Vaccination North-Western Provinces 1866-1877 - 1866-1877
Year: 1866
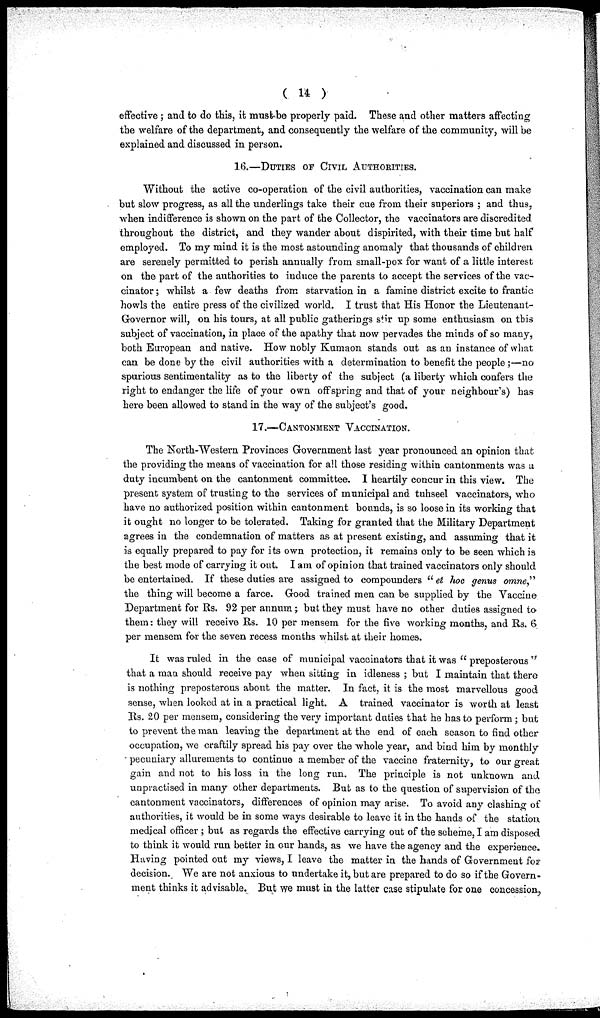
( 14 )
effective ; and to do this, it must be properly paid. These and other matters affecting
the welfare of the department, and consequently the welfare of the community, will be
explained and discussed in person.
16.—DUTIES OF CIVIL AUTHORITIES.
Without the active co-operation of the civil authorities, vaccination can make
but slow progress, as all the underlings take their cue from their superiors ; and thus,
when indifference is shown on the part of the Collector, the vaccinators are discredited
throughout the district, and they wander about dispirited, with their time but half
employed. To my mind it is the most astounding anomaly that thousands of children
are serenely permitted to perish annually from small-pox for want of a little interest
on the part of the authorities to induce the parents to accept the services of the vac-
cinator; whilst a few deaths from starvation in a famine district excite to frantic
howls the entire press of the civilized world. I trust that His Honor the
Lieutenant-G
subject of vaccination, in place of the apathy that now pervades the minds of so many,
both European and native. How nobly Kumaon stands out as an instance of what
can be done by the civil authorities with a determination to benefit the people;—no
spurious sentimentality as to the liberty of the subject (a liberty which confers the
right to endanger the life of your own offspring and that of your neighbour's) has
here been allowed to stand in the way of the subject's good.
17.—CANTONMENT VACCINATION.
The North-Western Provinces Government last year pronounced an opinion that
the providing the means of vaccination for all those residing within cantonments was a
duty incumbent on the cantonment committee. I heartily concur in this view. The
present system of trusting to the services of municipal and tuhseel vaccinators, who
have no authorized position within cantonment bounds, is so loose in its working that
it ought no longer to be tolerated. Taking for granted that the Military Department
agrees in the condemnation of matters as at present existing, and assuming that it
is equally prepared to pay for its own protection, it remains only to be seen which is
the best mode of carrying it out. I am of opinion that trained vaccinators only should
be entertained. If these duties are assigned to compounders "et hoc genus omne,"
the thing will become a farce. Good trained men can be supplied by the Vaccine
Department for Rs. 92 per annum ; but they must have no other duties assigned to
them: they will receive Rs. 10 per mensem for the five working months, and Rs. 6
per mensem for the seven recess months whilst at their homes.
It was ruled in the case of municipal vaccinators that it was " preposterous "
that a man should receive pay when sitting in idleness ; but I maintain that there
is nothing preposterous about the matter. In fact, it is the most marvellous good
sense, when looked at in a practical light. A trained vaccinator is worth at least
Rs. 20 per mensem, considering the very important duties that he has to perform; but
to prevent the man leaving the department at the end of each season to find other
occupation, we craftily spread his pay over the whole year, and bind him by monthly
pecuniary allurements to continue a member of the vaccine fraternity, to our great
gain and not to his loss in the long run. The principle is not unknown and
unpractised in many other departments. But as to the question of supervision of the
cantonment vaccinators, differences of opinion may arise. To avoid any clashing of
authorities, it would be in some ways desirable to leave it in the hands of the station
medical officer; but as regards the effective carrying out of the scheme, I am disposed
to think it would run better in our hands, as we have the agency and the experience.
Having pointed out my views, I leave the matter in the hands of Government for
decision. We are not anxious to undertake it, but are prepared to do so if the Govern-
ment thinks it advisable. But we must in the latter case stipulate for one concession,